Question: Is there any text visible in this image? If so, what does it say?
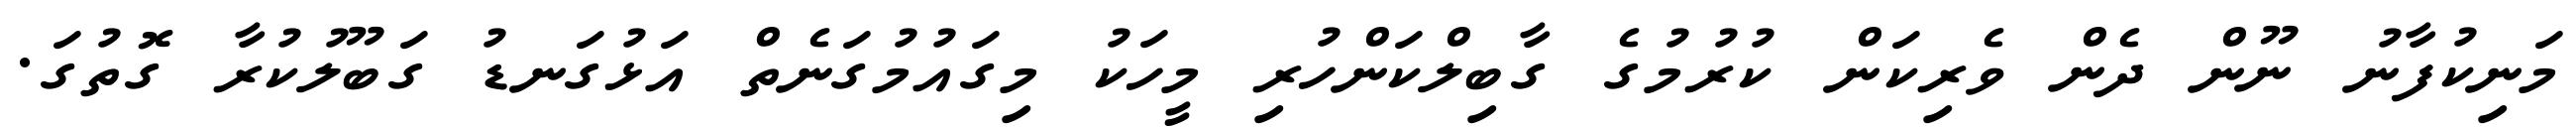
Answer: މަނިކުފާނު ނޫން ދެން ވެރިކަން ކުރުމުގެ ގާބިލްކަންހުރި މީހަކު މިގައުމުގަނެތް އަޅުގަނޑު ގަބޫލުކުރާ ގޮތުގަ.